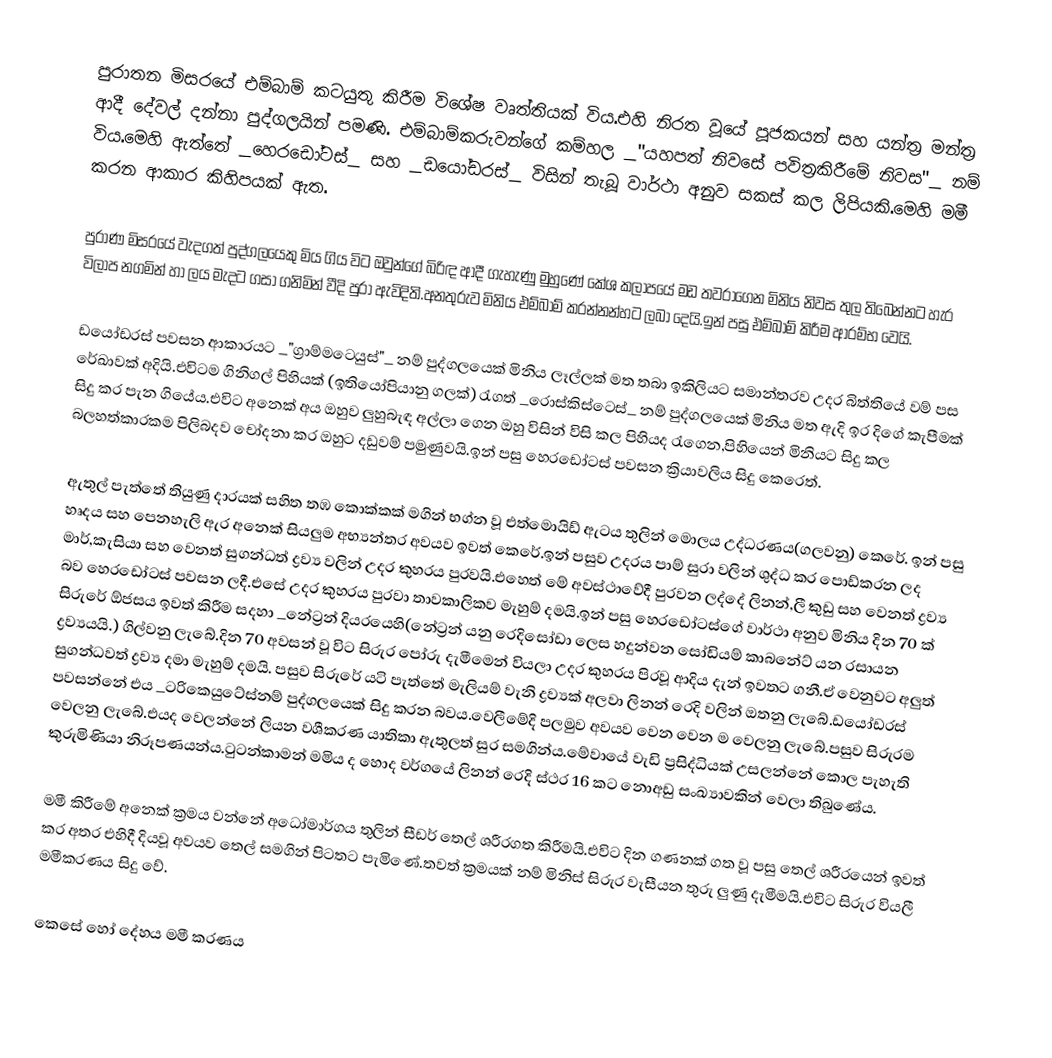
පුරාතන මිසරයේ එම්බාම් කටයුතු කිරීම විශේෂ වෘත්තියක් විය.එහි නිරත වූයේ පූජකයන් සහ යන්ත්‍ර මන්ත්‍ර ආදී දේවල් දන්නා පුද්ගලයින් පමණි. එම්බාම්කරුවන්ගේ කම්හල _"යහපත් නිවසේ පවිත්‍රකිරීමේ නිවස"_ නම් විය.මෙහි ඇත්තේ _හෙරඩෝටස්_ සහ _ඩයෝඩරස්_ විසින් තැබූ වාර්ථා අනුව සකස් කල ලිපියකි.මෙහි මමී කරන ආකාර කිහිපයක් ඇත.

පුරාණ මිසරයේ වැදගත් පුද්ගලයෙකු මිය ගිය විට ඔවුන්ගේ බිරිඳ ආදී ගැහැණු මුහුණේ කේශ කලාපයේ මඩ තවරාගෙන මිනිය නිවස තුල තිබෙන්නට හැර විලාප නගමින් හා ලය මැදට ගසා ගනිමින් වීදි පුරා ඇවිදිති.අනතුරුව මිනිය එම්බාම් කරන්නන්හට ලබා දෙයි.ඉන් පසු එම්බාම් කිරීම ආරම්භ වෙයි.

ඩයෝඩරස් පවසන ආකාරයට _"ග්‍රාම්මටෙයුස්"_ නම් පුද්ගලයෙක් මිනිය ලෑල්ලක් මත තබා ඉකිලියට සමාන්තරව උදර බිත්තියේ වම් පස රේඛාවක් අදියි.එවිටම ගිනිගල් පිහියක් (ඉතියෝපියානු ගලක්) රැගත් _රොස්කිස්ටෙස්_  නම් පුද්ගලයෙක් මිනිය මත ඇදි ඉර දිගේ කැපීමක් සිදු කර පැන ගියේය.එවිට අනෙක් අය ඔහුව ලුහුබැඳ අල්ලා ගෙන ඔහු විසින් විසි කල පිහියද රැගෙන,පිහියෙන් මිනියට සිදු කල බලහත්කාරකම පිලිබදව චෝදනා කර ඔහුට දඩුවම් පමුණුවයි.ඉන් පසු හෙරඩෝටස් පවසන ක්‍රියාවලිය සිදු කෙරෙත්.

ඇතුල් පැත්තේ තියුණු දාරයක් සහිත තඹ කොක්කක් මගින් භග්න වූ එත්මොයිඩ් ඇටය තුලින් මොලය උද්ධරණය(ගලවනු) කෙරේ. ඉන් පසු හෘදය සහ පෙනහැලි ඇර අනෙක් සියලුම අභ්‍යන්තර අවයව ඉවත් කෙරේ.ඉන් පසුව උදරය පාම් සුරා වලින් ශුද්ධ කර පොඩ්කරන ලද මාර්,කැසියා සහ වෙනත් සුගන්ධත් ද්‍රව්‍ය වලින් උදර කුහරය පුරවයි.එහෙත් මේ අවස්ථාවේදී පුරවන ලද්දේ ලිනන්,ලී කුඩු සහ වෙනත් ද්‍රව්‍ය බව හෙරඩෝටස් පවසන ලදී.එසේ උදර කුහරය පුරවා තාවකාලිකව මැහුම් දමයි.ඉන් පසු හෙරඩෝටස්ගේ වාර්ථා අනුව මිනිය දින 70 ක් සිරුරේ ඕජසය ඉවත් කිරීම සදහා _නේට්‍රන් දියරයෙහි(නේට්‍රන් යනු රෙදිසෝඩා ලෙස හදුන්වන සෝඩියම් කාබනේට් යන රසායන ද්‍රව්‍යයයි.) ගිල්වනු ලැබේ.දින 70 අවසන් වූ විට සිරුර පෝරු දැමීමෙන් වියලා උදර කුහරය පිරවූ ආදිය දැන් ඉවතට ගනී.ඒ වෙනුවට අලුත් සුගන්ධවත් ද්‍රව්‍ය දමා මැහුම් දමයි. පසුව සිරුරේ යටි පැත්තේ මැලියම් වැනි ද්‍රව්‍යක් අලවා ලිනන් රෙදි වලින් ඔතනු ලැබේ.ඩයෝඩරස් පවසන්නේ එය _ටරිකෙයුටේස්නම් පුද්ගලයෙක් සිදු කරන බවය.වෙලීමේදි පලමුව අවයව වෙන වෙන ම වෙලනු ලැබේ.පසුව සිරුරම වෙලනු ලැබේ.එයද වෙලන්නේ ලියන වශීකරණ යාතිකා ඇතුලත් සුර සමගින්ය.මේවායේ වැඩි ප්‍රසිද්ධියක් උසලන්නේ කොල පැහැති කුරුමිණියා නිරූපණයන්ය.ටුටන්කාමන් මමිය ද හොද වර්ගයේ ලිනන් රෙදි ස්ථර 16 කට නොඅඩු සංඛ්‍යාවකින් වෙලා තිබුණේය.

මමී කිරීමේ අනෙක් ක්‍රමය වන්නේ අධෝමාර්ගය තුලින් සීඩර් තෙල් ශරීරගත කිරීමයි.එවිට දින ගණනක් ගත වූ පසු තෙල් ශරීරයෙන් ඉවත් කර අතර එහිදී දියවූ අවයව තෙල් සමගින් පිටතට පැමිණේ.තවත් ක්‍රමයක් නම් මිනිස් සිරුර වැසීයන තුරු ලුණු දැමීමයි.එවිට සිරුර වියලී මමීකරණය සිදු වේ.

කෙසේ හෝ දේහය මමී කරණය